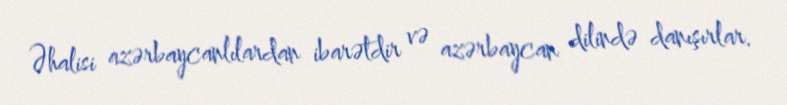
Əhalisi azərbaycanlılardan ibarətdir və azərbaycan dilində danışırlar.